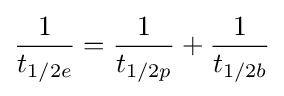
{\frac {1}{t_{1/2e}}}={\frac {1}{t_{1/2p}}}+{\frac {1}{t_{1/2b}}}